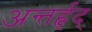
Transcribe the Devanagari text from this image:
अन्तर्हृद्‍